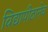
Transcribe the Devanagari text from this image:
विद्यापीठानेच